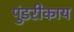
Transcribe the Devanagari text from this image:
पुंडरीकाय